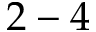
2 - 4